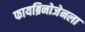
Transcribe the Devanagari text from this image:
फायब्रिनोजेनला